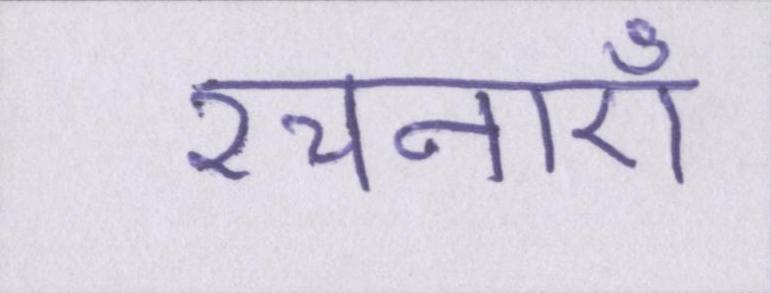
रचनाएँ